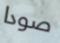
صودا